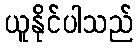
ယူနိုင်ပါသည်